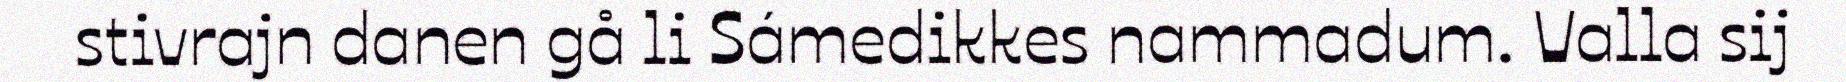
stivrajn danen gå li Sámedikkes nammadum. Valla sij